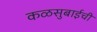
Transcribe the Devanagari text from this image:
कळसुबाईची